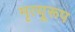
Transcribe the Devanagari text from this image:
मृत्यूरूप